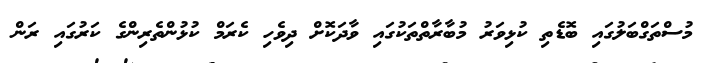
މުސްތަގްބަލުގައި ބޮޑެތި ކުޅިވަރު މުބާރާތްތަކުގައި ވާދަކޮށް ދިވެހި ކެރަމް ކުޅުންތެރިންގެ ކަރުގައި ރަން